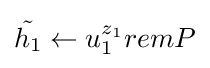
{\tilde {h_{1}}}\leftarrow u_{1}^{z_{1}}remP